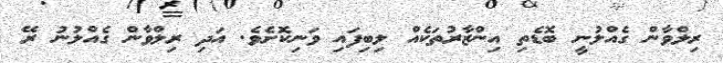
ރިލްވާން ގެއްލުނީ ބޮޑެތި އިންޒާރުތަކެއް ލިބިފައި ވަނިކޮށެވެ. އަދި ރިލްވާން ގެއްލުނު ރޭ